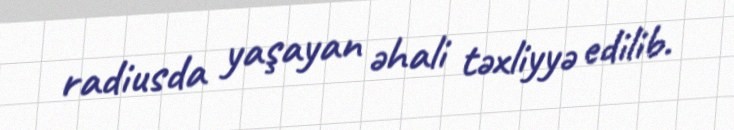
radiusda yaşayan əhali təxliyyə edilib.